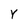
Character: Y